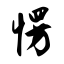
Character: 愣